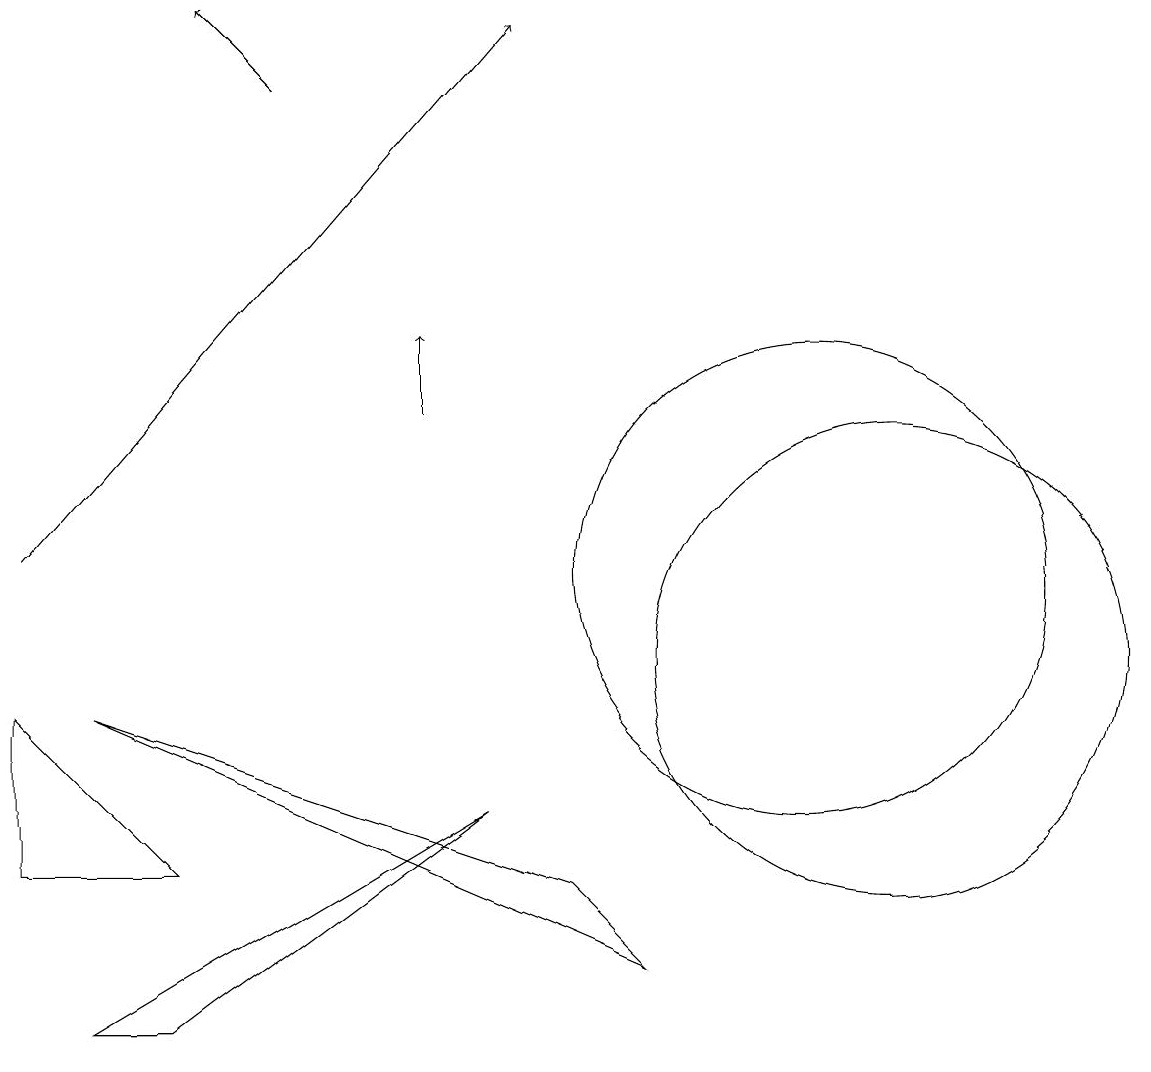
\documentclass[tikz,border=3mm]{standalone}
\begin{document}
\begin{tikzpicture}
\draw (12,10) circle (3);
\draw[->] (1,11) -- (7,18);
\draw (2,5) -- (7,8) -- (3,5) -- cycle;
\draw (2,9) -- (8,7) -- (9,6) -- cycle;
\draw[->] (6,13) -- (6,14);
\draw (11,11) circle (3);
\draw (1,7) -- (1,9) -- (3,7) -- cycle;
\draw[->] (4,17) -- (3,18);
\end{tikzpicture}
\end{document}